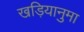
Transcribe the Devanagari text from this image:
खड़ियानुमा